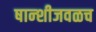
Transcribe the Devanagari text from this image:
षान्शीजवळच